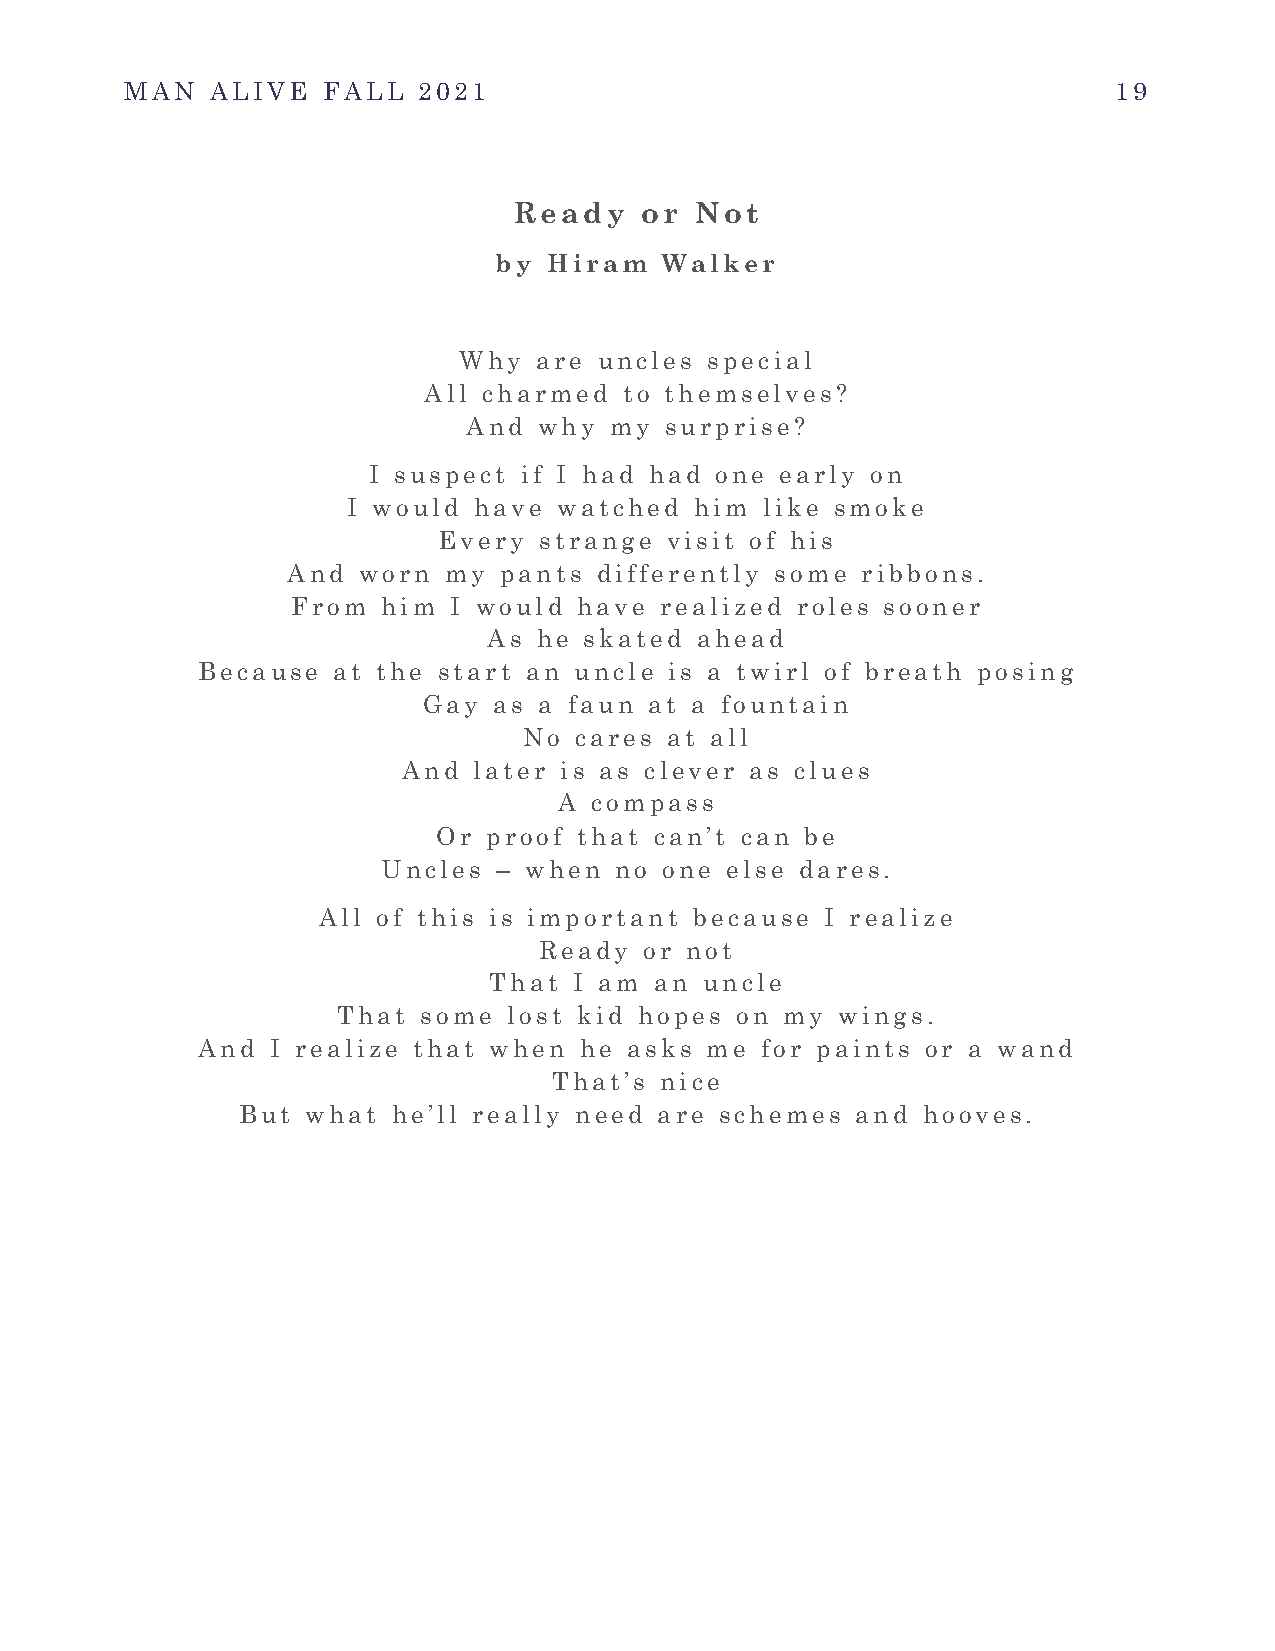
MAN   ALIVE  FALL   2021                                          19
 Ready   or  Not
 by Hiram   Walker
 Why   are uncles special
 All charmed  to themselves?
 And  why my  surprise?
 I suspect if I had had one  early on
 I would have  watched  him like smoke
 Every  strange visit of his
 And  worn my  pants  differently some ribbons.
 From  him  I would have  realized roles sooner
 As  he skated ahead
 Because  at the start an uncle is a twirl of breath posing
 Gay  as a faun at a fountain
 No cares at all
 And later is as clever as clues
 A compass
 Or proof that can’t can be
 Uncles  – when  no one else dares.
 All of this is important because  I realize
 Ready  or not
 That  I am an  uncle
 That  some  lost kid hopes on my wings.
 And  I realize that when he  asks me for paints or a wand
 That’s nice
 But what  he’ll really need are schemes  and hooves.